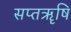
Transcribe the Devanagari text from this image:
सप्तॠषि